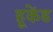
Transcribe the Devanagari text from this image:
हूकेंड